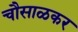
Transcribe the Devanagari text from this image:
चौसाळकर